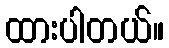
ထားပါတယ်။